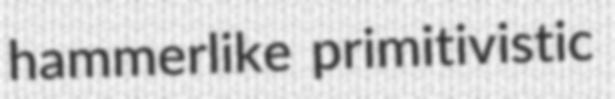
hammerlike primitivistic